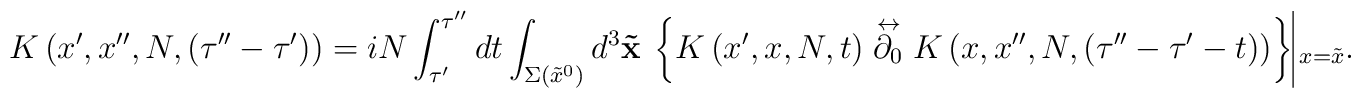
K \left( x', x'', N,(\tau''- \tau') \right) = i N \int_{\tau'}^{\tau''} d t\int_{\Sigma(\tilde{x}^0)} d^3{\bf \tilde{x}} \hspace{0.25em} \left\{ K \left( x',x, N, t \right)\stackrel{\leftrightarrow}{\partial_0} K \left( x, x'', N,(\tau''-\tau'-t ) \right) \right\} \vline_{x=\tilde{x}}.